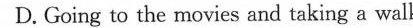
D. Going to the movies and taking a walk.